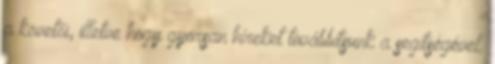
a követői, illetve hogy gyorsan híreket továbbítsunk a segítségével.